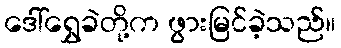
ဒေါ်ရွှေခဲတို့က ဖွားမြင်ခဲ့သည်။